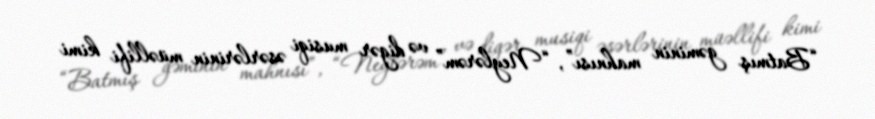
“Batmış gəminin mahnısı”, “Neylərəm” və digər musiqi əsərlərinin müəllifi kimi